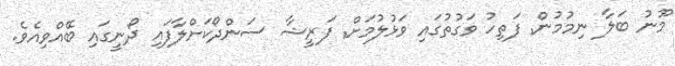
މޫނު ބަލާ ނިމުމުން